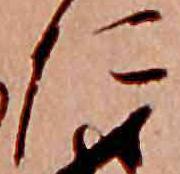
た